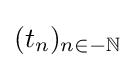
(t_{n})_{n\in -\mathbb {N} }